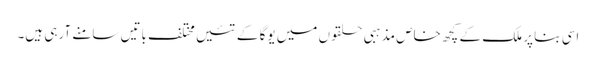
اسی بنا پر ملک کے کچھ خاص مذہبی حلقوں میں یوگا کے تئیں مختلف باتیں سامنے آرہی ہیں۔